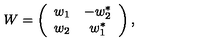
W = \left( \begin{array} { c c } { w _ { 1 } } & { - w _ { 2 } ^ { \ast } } \\ { w _ { 2 } } & { w _ { 1 } ^ { \ast } } \\ \end{array} \right) ,